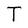
Character: T